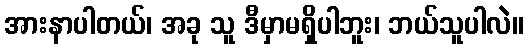
အားနာပါတယ်၊ အခု သူ ဒီမှာမရှိပါဘူး၊ ဘယ်သူပါလဲ။